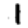
Digit: 1